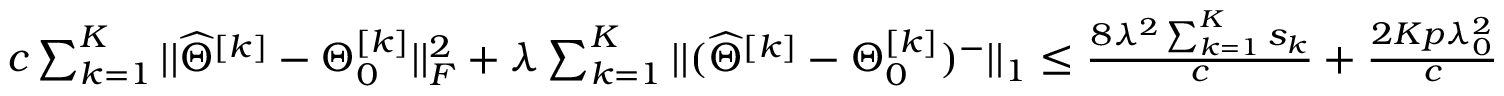
\begin{array} { r } { c \sum _ { k = 1 } ^ { K } | | \widehat { \Theta } ^ { [ k ] } - \Theta _ { 0 } ^ { [ k ] } | | _ { F } ^ { 2 } + \lambda \sum _ { k = 1 } ^ { K } | | ( \widehat { \Theta } ^ { [ k ] } - \Theta _ { 0 } ^ { [ k ] } ) ^ { - } | | _ { 1 } \leq \frac { 8 \lambda ^ { 2 } \sum _ { k = 1 } ^ { K } s _ { k } } { c } + \frac { 2 K p \lambda _ { 0 } ^ { 2 } } { c } } \end{array}